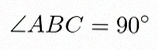
\angle ABC=90^\circ